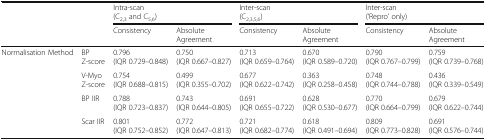
<table><thead><tr><td rowspan="2" colspan="2"></td><td colspan="2"><b>Intra-scan(C<sub>2,3</sub> and C<sub>5,6</sub>)</b></td><td colspan="2"><b>Inter-scan(C<sub>2,3,5,6</sub>)</b></td><td colspan="2"><b>Inter-scan(‘Repro’ only)</b></td></tr><tr><td><b>Consistency</b></td><td><b>Absolute Agreement</b></td><td><b>Consistency</b></td><td><b>Absolute Agreement</b></td><td><b>Consistency</b></td><td><b>Absolute Agreement</b></td></tr></thead><tbody><tr><td rowspan="4">Normalisation Method</td><td>BP Z-score</td><td>0.796 (IQR 0.729–0.848)</td><td>0.750 (IQR 0.667–0.827)</td><td>0.713 (IQR 0.659–0.764)</td><td>0.670 (IQR 0.589–0.720)</td><td>0.790 (IQR 0.767–0.799)</td><td>0.759 (IQR 0.739–0.768)</td></tr><tr><td>V-Myo Z-score</td><td>0.754 (IQR 0.688–0.815)</td><td>0.499 (IQR 0.355–0.702)</td><td>0.677 (IQR 0.622–0.742)</td><td>0.363 (IQR 0.258–0.458)</td><td>0.748 (IQR 0.744–0.788)</td><td>0.436 (IQR 0.339–0.549)</td></tr><tr><td>BP IIR</td><td>0.788 (IQR 0.723–0.837)</td><td>0.743 (IQR 0.644–0.805)</td><td>0.691 (IQR 0.655–0.722)</td><td>0.628 (IQR 0.530–0.677)</td><td>0.770 (IQR 0.664–0.799)</td><td>0.679 (IQR 0.622–0.744)</td></tr><tr><td>Scar IIR</td><td>0.801 (IQR 0.752–0.852)</td><td>0.772 (IQR 0.647–0.813)</td><td>0.721 (IQR 0.682–0.774)</td><td>0.618 (IQR 0.491–0.694)</td><td>0.809 (IQR 0.773–0.828)</td><td>0.691 (IQR 0.576–0.744)</td></tr></tbody></table>